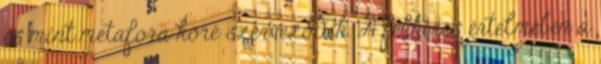
és mint metafora köré szerveződik. A felkérés értelmében a